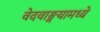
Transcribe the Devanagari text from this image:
वेदवाङ्मयामध्ये